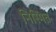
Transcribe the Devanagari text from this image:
निस्मित